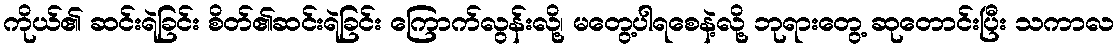
ကိုယ်၏ ဆင်းရဲခြင်း စိတ်၏ဆင်းရဲခြင်း ကြောက်လွန်းလို့၊ မတွေ့ပါရစေနဲ့လို့ ဘုရားတွေ့ ဆုတောင်းပြီး သကာလ